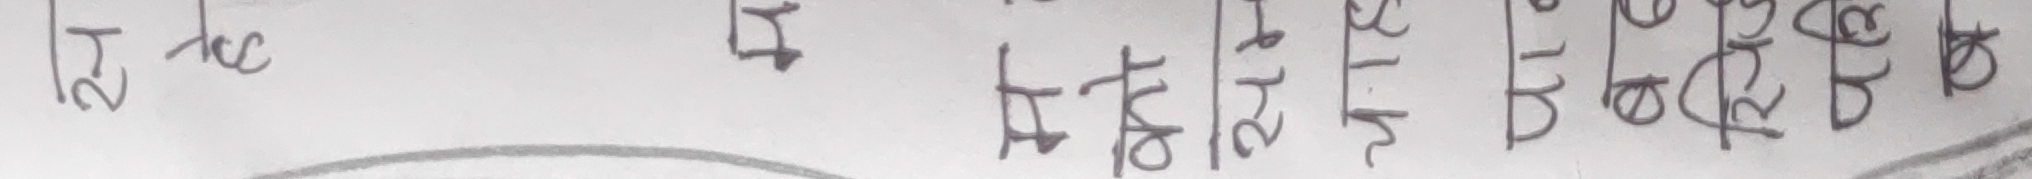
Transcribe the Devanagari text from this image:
१२। ११७ बीको बी